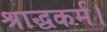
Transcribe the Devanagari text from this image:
श्राद्धकर्म।